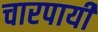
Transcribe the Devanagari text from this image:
चारपायी